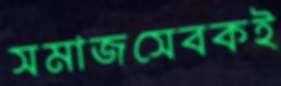
সমাজসেবকই